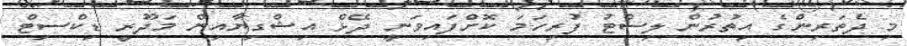
މި ދެތަރިންގެ އިތުރުން ލިސްޓު ފުރިހަމަ ކޮށްފައިވަނީ ދޭޅް އިޝްގިޔާއިން މަދޫރީ ޑިކްސިޓް